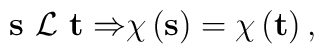
{\bf s\ }{\cal L\ }{\bf t\Rightarrow }\chi \left( {\bf s}\right)=\chi \left( {\bf t}\right) ,